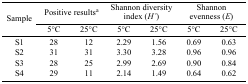
| <ROWSPAN=3> Sample | <COLSPAN=2> Positive resultsa | <COLSPAN=2> Shannon diversity index (H′) | <COLSPAN=2> Shannon evenness (E) |
 | 5°C | 25°C | 5°C | 25°C | 5°C | 25°C |
 | --- | --- | --- | --- | --- | --- | --- |
 | S1 | 28 | 12 | 2.29 | 1.56 | 0.69 | 0.63 |
 | S2 | 31 | 31 | 3.30 | 3.28 | 0.96 | 0.96 |
 | S3 | 28 | 25 | 2.99 | 2.69 | 0.90 | 0.84 |
 | S4 | 29 | 11 | 2.14 | 1.49 | 0.64 | 0.62 |